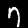
Digit: 7